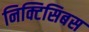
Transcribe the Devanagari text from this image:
निक्टिसिबस